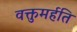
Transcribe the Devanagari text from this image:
वक्तुमर्हति